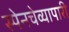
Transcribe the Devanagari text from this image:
स्पेनचेव्यापारी